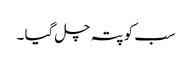
سب کو پتہ چل گیا ۔